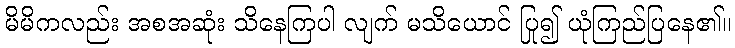
မိမိကလည်း အစအဆုံး သိနေကြပါ လျက် မသိယောင် ပြု၍ ယုံကြည်ပြနေ၏။